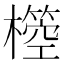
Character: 𣝃